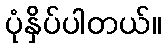
ပုံနှိပ်ပါတယ်။